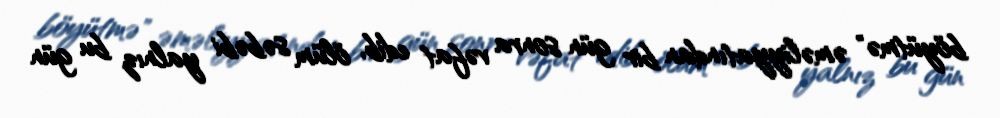
böyütmə" əməliyyatından bir gün sonra vəfat edib, ölüm səbəbi yalnız bu gün